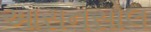
આસનસોલ